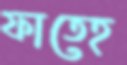
ফাতেহ